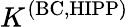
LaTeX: K^{\mathrm{(BC,HIPP)}}